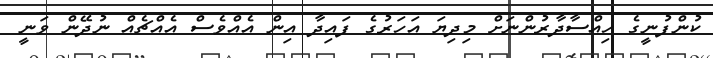
ކުންފުނީގެ ހިއްސާދާރުންނަށް މިދިޔަ އަހަރުގެ ފައިދާ އިން އެއްވެސް އެއްޗެއް ނުދޭން ވަނީ